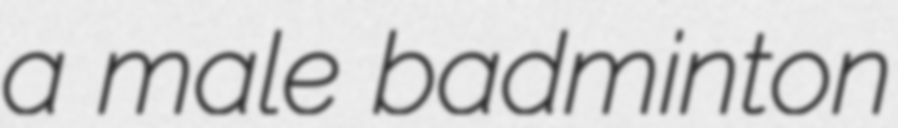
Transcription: a male badminton